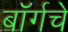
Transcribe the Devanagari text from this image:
बॉर्गचे